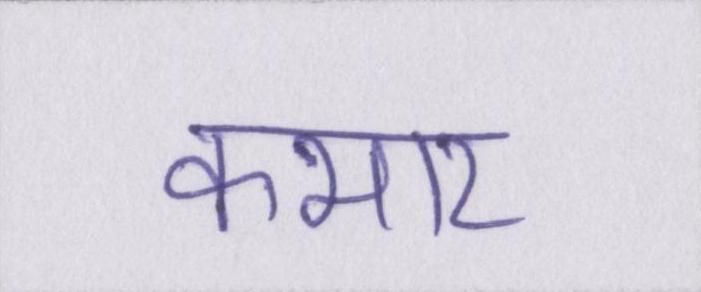
कभार